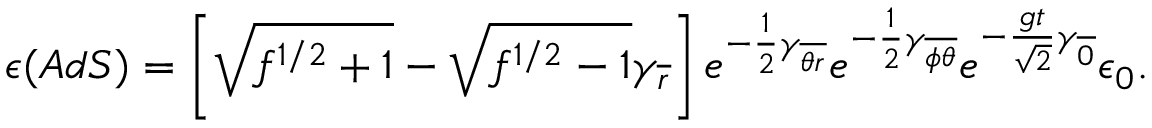
\epsilon ( { A d S } ) = \left[ \sqrt { f ^ { 1 / 2 } + 1 } - \sqrt { f ^ { 1 / 2 } - 1 } \gamma _ { \overline { { { r } } } } \right] e ^ { - { \frac { 1 } { 2 } } \gamma _ { \overline { { { \theta r } } } } } e ^ { - { \frac { 1 } { 2 } } \gamma _ { \overline { { { \phi \theta } } } } } e ^ { - { \frac { g t } { \sqrt { 2 } } } \gamma _ { \overline { { { 0 } } } } } \epsilon _ { 0 } .